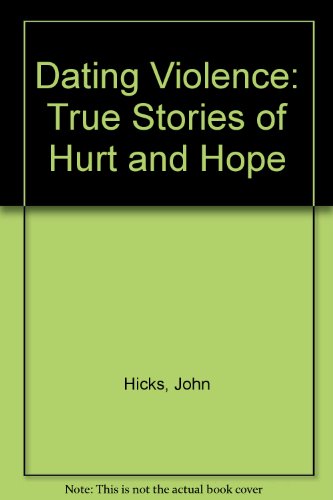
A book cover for Dating Violence: True Stores of Hurt and Hope; John Hicks; Teen & Young Adult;